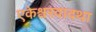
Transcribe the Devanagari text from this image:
एकेश्वरवादथा